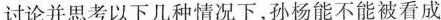
讨论并思考以下几种情况下，孙杨能不能被看成